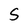
Character: S